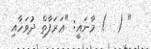
" (  ) މާނައީ: "ޢަރަފާތް ދުވަހާއި